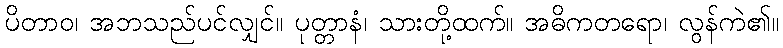
ပိတာဝ၊ အဘသည်ပင်လျှင်။ ပုတ္တာနံ၊ သားတို့ထက်။ အဓိကတရော၊ လွန်ကဲ၏။